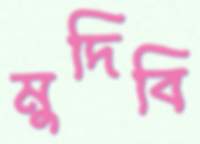
মুদিবি